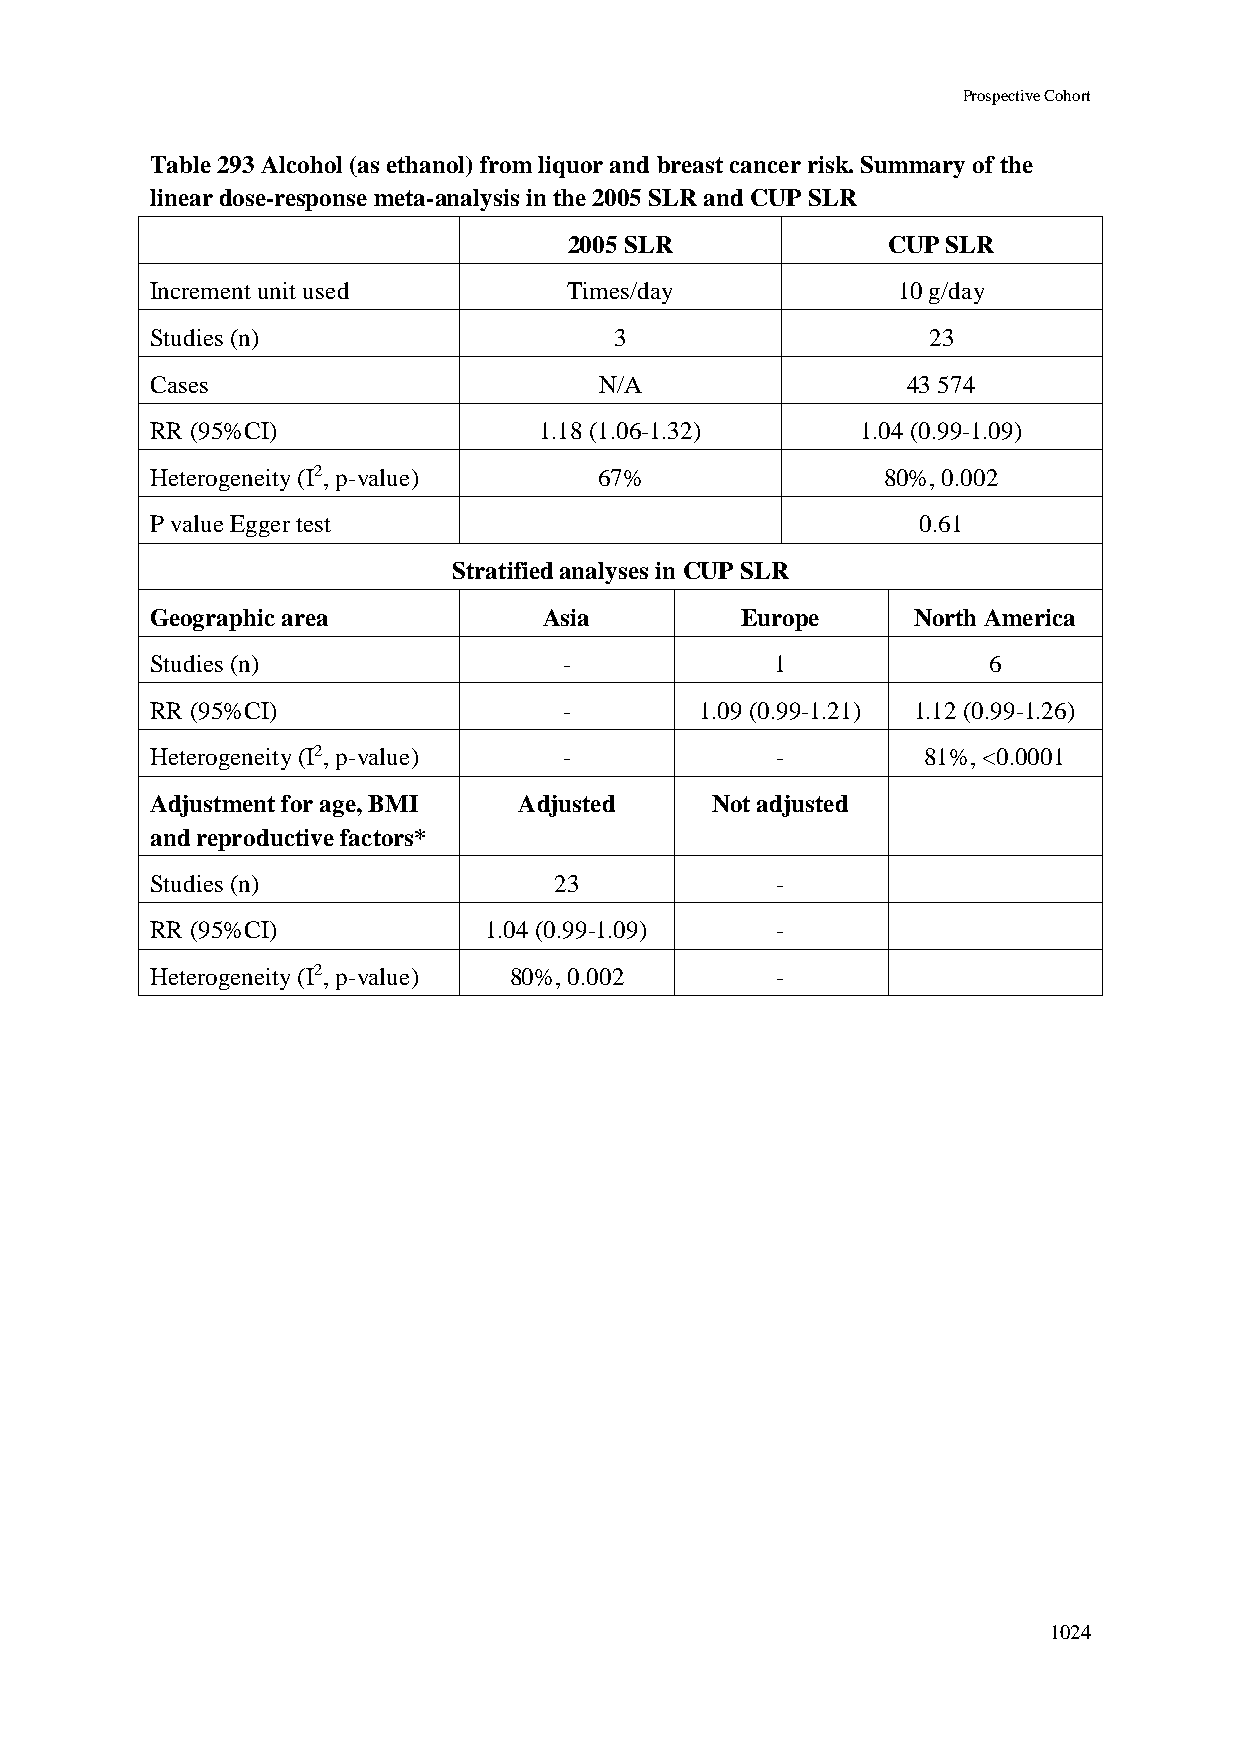
Prospective Cohort
 Table 293 Alcohol (as ethanol) from liquor and breast cancer risk. Summary of the
 linear dose-response meta-analysis in the 2005 SLR and CUP SLR
 2005 SLR             CUP SLR
 Increment unit used         Times/day            10 g/day
 Studies (n)                    3                   23
 Cases                         N/A                 43 574
 RR (95%CI)                1.18 (1.06-1.32)     1.04 (0.99-1.09)
 Heterogeneity (I2, p-value)   67%                80%, 0.002
 P value Egger test                                 0.61
 Stratified analyses in CUP SLR
 Geographic area           Asia         Europe     North America
 Studies (n)                -             1             6
 RR (95%CI)                 -        1.09 (0.99-1.21) 1.12 (0.99-1.26)
 Heterogeneity (I2, p-value) -            -         81%, <0.0001
 Adjustment for age, BMI Adjusted     Not adjusted
 and reproductive factors*
 Studies (n)                23            -
 RR (95%CI)            1.04 (0.99-1.09)   -
 Heterogeneity (I2, p-value) 80%, 0.002   -
 1024